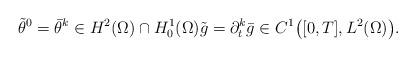
LaTeX: \begin{align*}\tilde{\theta}^{0} = \bar{\theta}^{k} \in H^{2}(\Omega) \cap H^{1}_{0}(\Omega) \tilde{g} = \partial_{t}^{k} \bar{g} \in C^{1}\big([0, T], L^{2}(\Omega)\big).\end{align*}